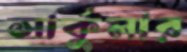
সার্কুলার